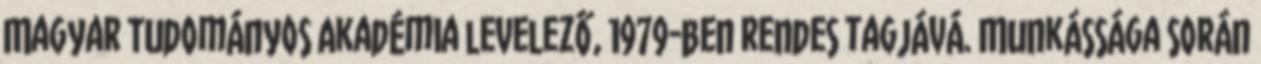
Magyar Tudományos Akadémia levelező, 1979-ben rendes tagjává. Munkássága során